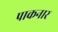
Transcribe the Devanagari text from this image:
पाकनार